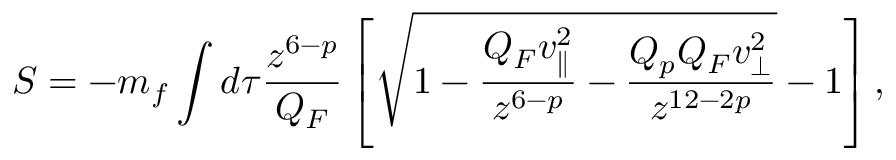
S = - m _ { f } \int d \tau { \frac { z ^ { 6 - p } } { Q _ { F } } } \left[ \sqrt { 1 - { \frac { Q _ { F } v _ { \parallel } ^ { 2 } } { z ^ { 6 - p } } } - { \frac { Q _ { p } Q _ { F } v _ { \perp } ^ { 2 } } { z ^ { 1 2 - 2 p } } } } - 1 \right] ,